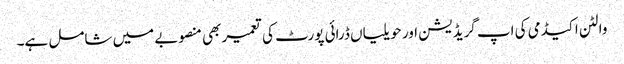
والٹن اکیڈمی کی اپ گریڈیشن اور حویلیاں ڈرائی پورٹ کی تعمیر بھی منصوبے میں شامل ہے۔